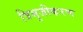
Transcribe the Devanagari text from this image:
त्रिभुजीकरण